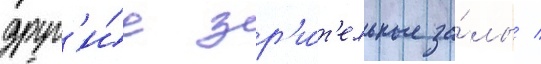
друг'и́е зр'и́т'ельные за́лы /